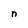
Character: n